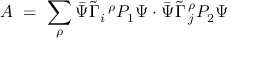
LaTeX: A \ = \ \sum _ { \rho } \bar { \Psi } \widetilde \Gamma _ { i } \, ^ { \rho } P _ { 1 } \Psi \cdot \bar { \Psi } \widetilde \Gamma \, _ { j } ^ { \rho } P _ { 2 } \Psi